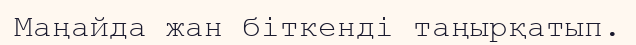
Маңайда жан біткенді таңырқатып.